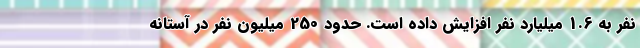
نفر به 1.6 میلیارد نفر افزایش داده است. حدود 250 میلیون نفر در آستانه